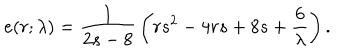
e ( r ; \lambda ) = { \frac { 1 } { 2 s - 8 } } \left( r s ^ { 2 } - 4 r s + 8 s + { \frac { 6 } { \lambda } } \right) .